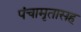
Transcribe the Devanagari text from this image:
पंचामृतासह